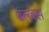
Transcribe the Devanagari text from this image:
बलबस